Civil Veterinary Department Bengal reports 1923-33 - 1923-1933
Year: 1923
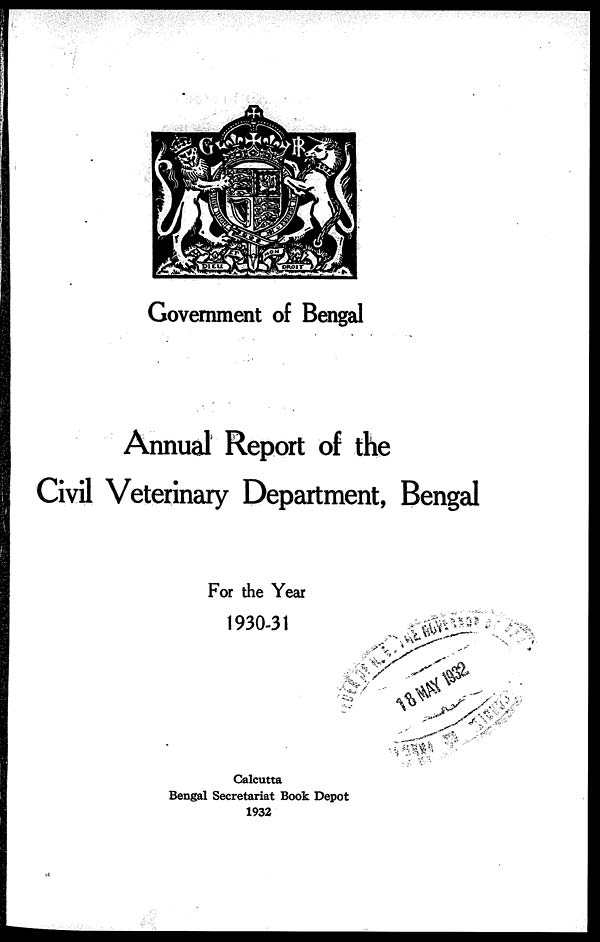
Government of Bengal
Annual Report of the
Civil Veterinary Department, Bengal
For the Year
1930-31
Calcutta
Bengal Secretariat Book Depot
1932